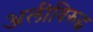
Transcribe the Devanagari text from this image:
अलीविरुद्ध